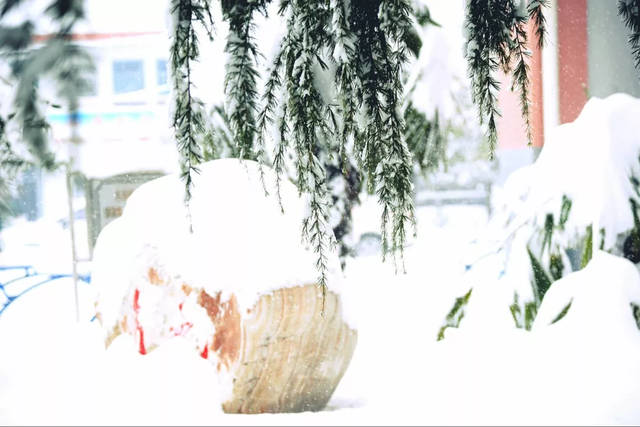
数州消息断，愁坐正书空。